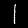
Label: 1